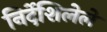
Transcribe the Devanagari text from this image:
निर्देशिलेले